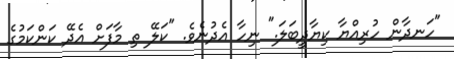
"ހަނދާން ހުރިއްޔާ ކިޔާދީބަލަ." ނިހާ އެދުނެވެ. "ކަލޭ ތި މާފަށް އެދޭ ކަންކަމުގެ